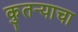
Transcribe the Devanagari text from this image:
कुतऱ्याचा